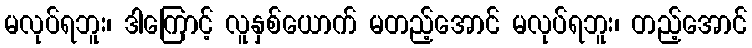
မလုပ်ရဘူး၊ ဒါကြောင့် လူနှစ်ယောက် မတည့်အောင် မလုပ်ရဘူး၊ တည့်အောင်